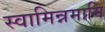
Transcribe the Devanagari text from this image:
स्वामिन्नमामि